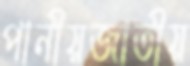
পানীয়জাতীয়